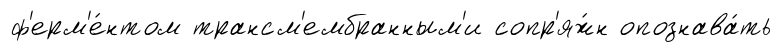
ф'ерм'е́нтом трансм'ембранным'и сопр'яж́н опознава́ть